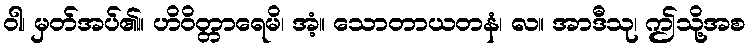
ဝါ၊ မှတ်အပ်၏။ ဟိဝိတ္တာရေမိ၊ အံ့။ သောတာယတနံ၊ လ။ အာဒီသု၊ ဤသို့အစ